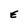
Character: E